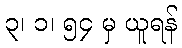
၃၊ ၁၊ ၅၄ မှ ယူရန်